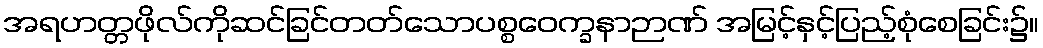
အရဟတ္တဖိုလ်ကိုဆင်ခြင်တတ်သောပစ္စဝေက္ခနာဉာဏ် အမြင့်နှင့်ပြည့်စုံစေခြင်း၌။